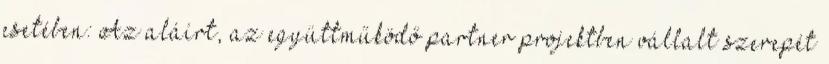
esetében: Az aláírt, az együttműködő partner projektben vállalt szerepét